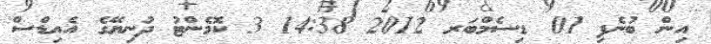
އިން ބުނެފި 01 ޑިސެމްބަރ 2012 14:38 3 ކޮމެންޓު ދުނިޔޭގެ އެއިޑްސް